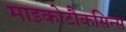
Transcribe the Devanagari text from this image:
माइकोटौकसिन्स